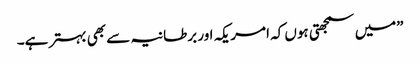
”میں سمجھتی ہوں کہ امریکہ اور برطانیہ سے بھی بہتر ہے۔